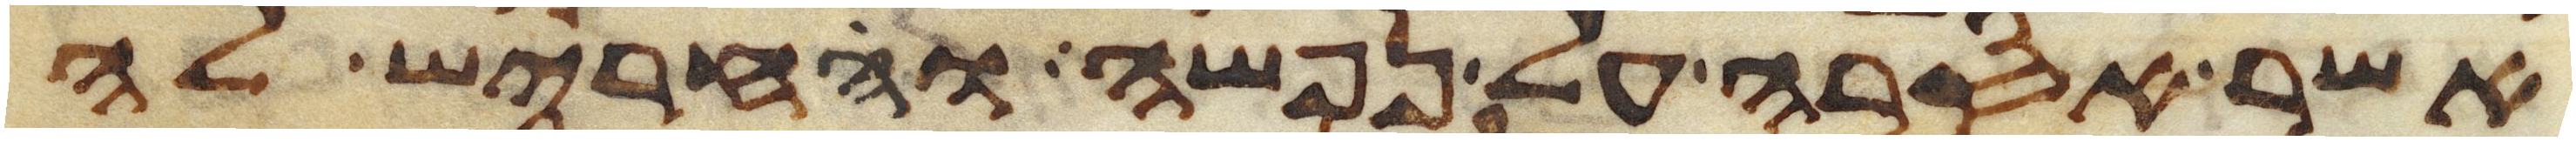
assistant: אשר אסרה על נפשה והחריש לה